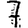
Digit: 7